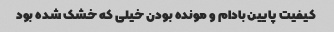
کیفیت پایین بادام و مونده بودن خیلی که خشک شده بود